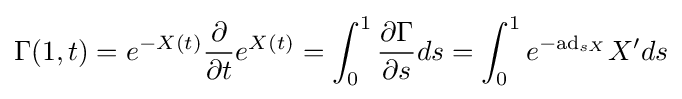
\Gamma (1,t)=e^{-X(t)}{\frac {\partial }{\partial t}}e^{X(t)}=\int _{0}^{1}{\frac {\partial \Gamma }{\partial s}}ds=\int _{0}^{1}e^{-\mathrm {ad} _{sX}}X'ds